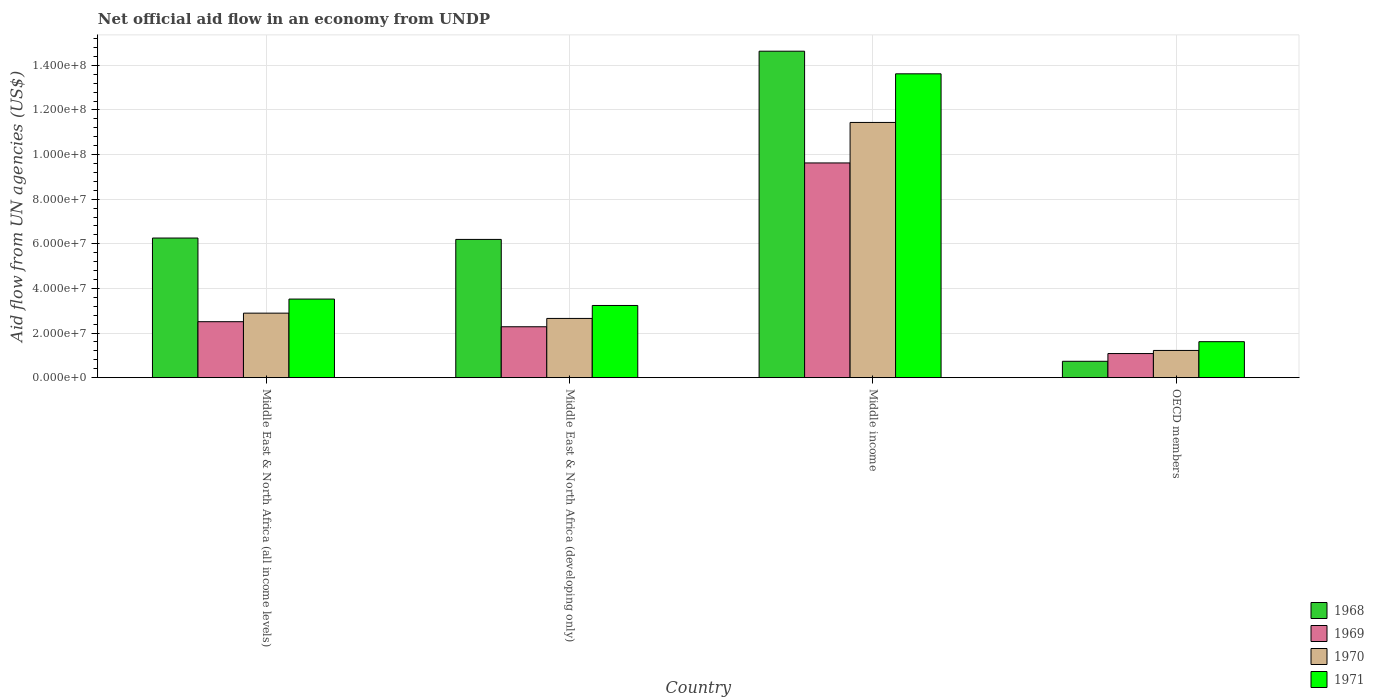
| Country | 1968 | 1969 | 1970 | 1971 |
 | --- | --- | --- | --- | --- |
 | Middle East & North Africa (all income levels) | 6.26e+07 | 2.51e+07 | 2.89e+07 | 3.52e+07 |
 | Middle East & North Africa (developing only) | 6.2e+07 | 2.28e+07 | 2.66e+07 | 3.24e+07 |
 | Middle income | 1.46e+08 | 9.62e+07 | 1.14e+08 | 1.36e+08 |
 | OECD members | 7.34e+06 | 1.08e+07 | 1.22e+07 | 1.61e+07 |